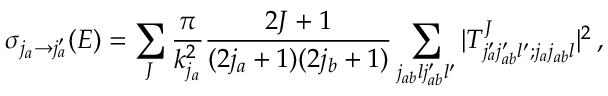
\sigma _ { j _ { a } \rightarrow j _ { a } ^ { \prime } } ( E ) = \sum _ { J } \frac { \pi } { k _ { j _ { a } } ^ { 2 } } \frac { 2 J + 1 } { ( 2 j _ { a } + 1 ) ( 2 j _ { b } + 1 ) } \sum _ { j _ { a b } l j _ { a b } ^ { \prime } l ^ { \prime } } | T _ { j _ { a } ^ { \prime } j _ { a b } ^ { \prime } l ^ { \prime } ; j _ { a } j _ { a b } l } ^ { J } | ^ { 2 } \, ,